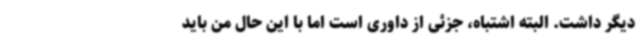
دیگر داشت. البته اشتباه، جزئی از داوری است اما با این حال من باید